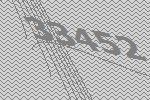
33452